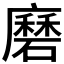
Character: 𭚇